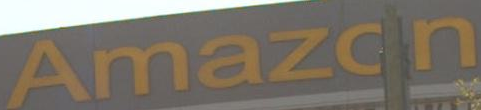
Amazon